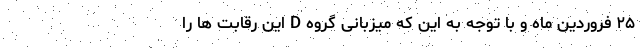
۲۵ فروردین ماه و با توجه به این که میزبانی گروه D این رقابت ها را